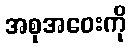
အစုအဝေးကို